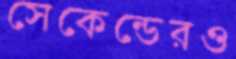
সেকেন্ডেরও